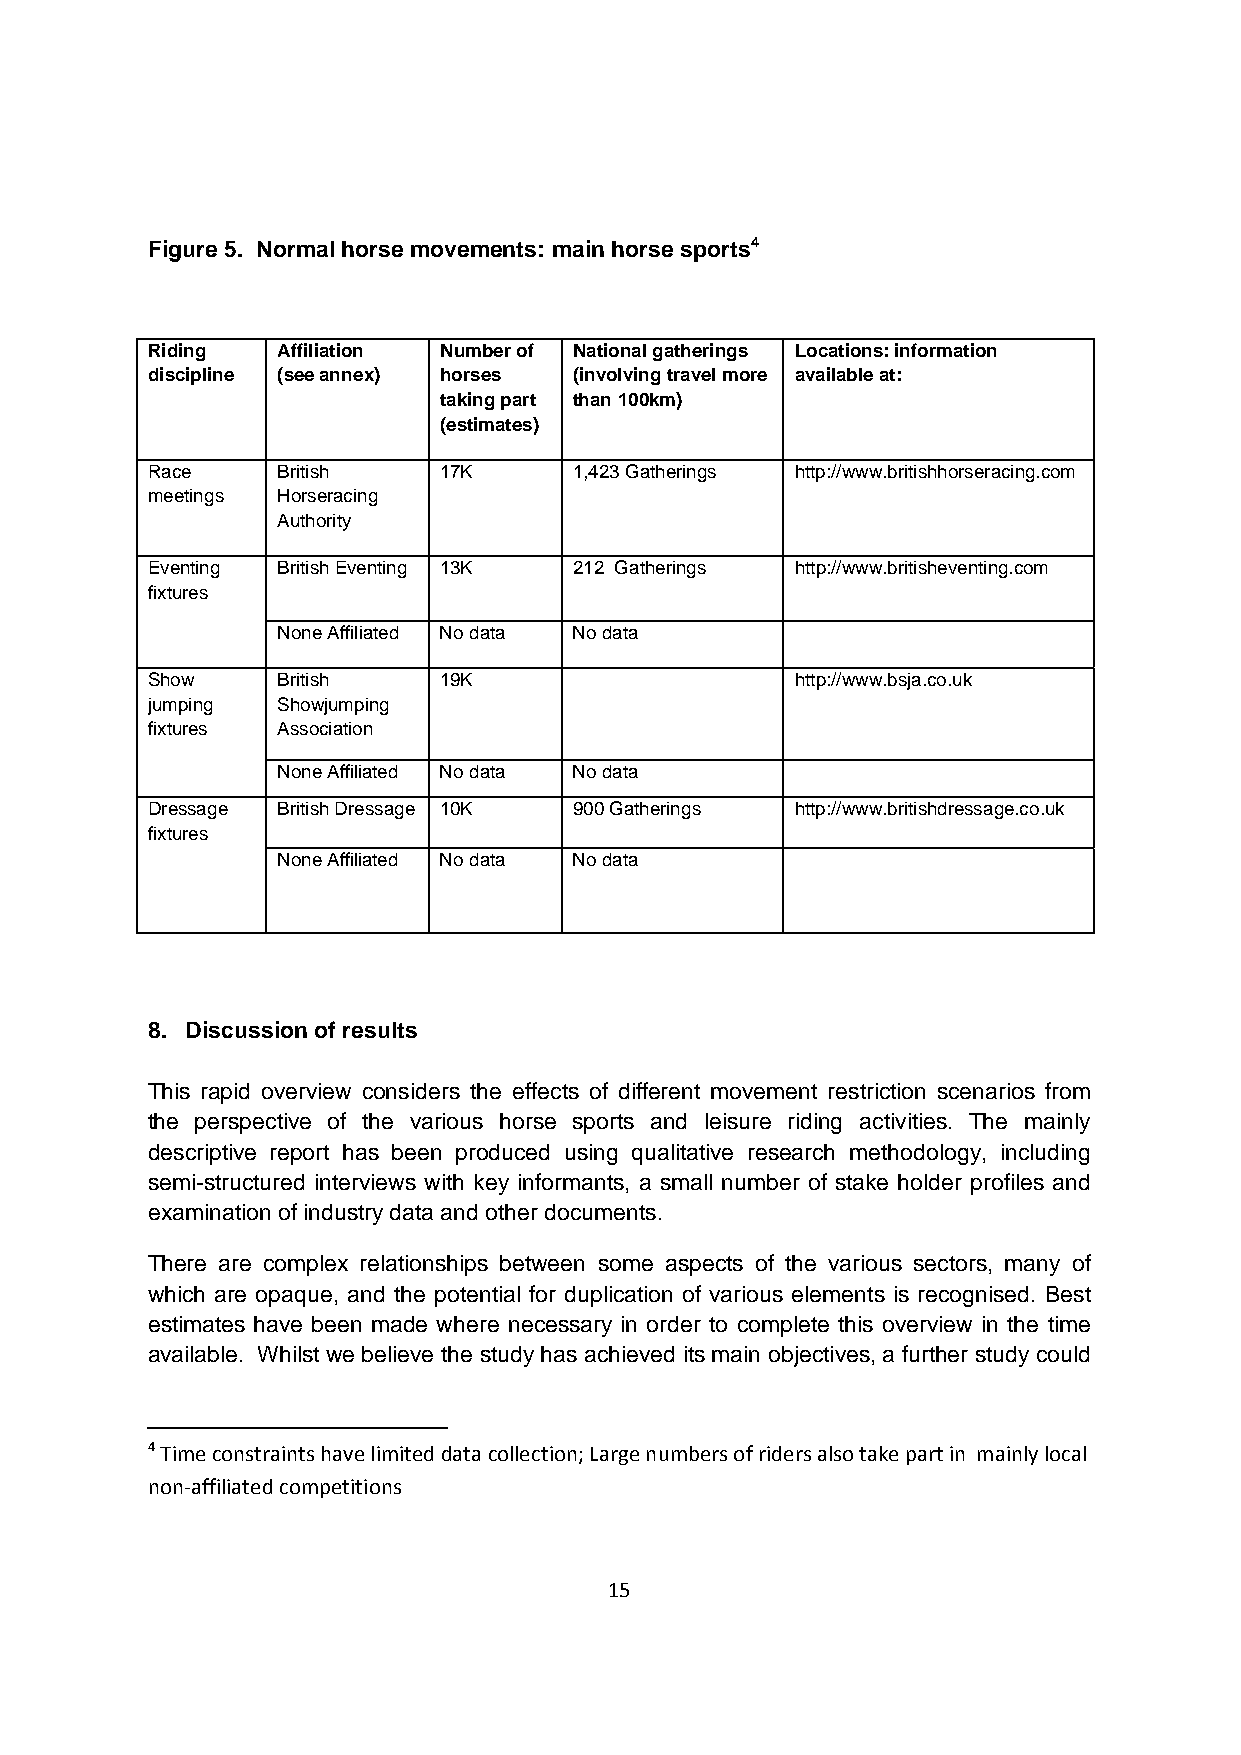
Figure 5. Normal horse movements: main horse sports4
 Riding  Affiliation Number of National gatherings Locations: information
 discipline (see annex) horses (involving travel more available at:
 taking part than 100km)
 (estimates)
 Race    British    17K      1,423 Gatherings http://www.britishhorseracing.com
 meetings Horseracing
 Authority
 Eventing British Eventing 13K 212 Gatherings http://www.britisheventing.com
 fixtures
 None Affiliated No data No data
 Show    British    19K                     http://www.bsja.co.uk
 jumping Showjumping
 fixtures Association
 None Affiliated No data No data
 Dressage British Dressage 10K 900 Gatherings http://www.britishdressage.co.uk
 fixtures
 None Affiliated No data No data
 8. Discussion of results
 This rapid overview considers the effects of different movement restriction scenarios from
 the perspective of the various horse sports and leisure riding activities. The mainly
 descriptive report has been produced using qualitative research methodology, including
 semi-structured interviews with key informants, a small number of stake holder profiles and
 examination of industry data and other documents.
 There are complex relationships between some aspects of the various sectors, many of
 which are opaque, and the potential for duplication of various elements is recognised. Best
 estimates have been made where necessary in order to complete this overview in the time
 available. Whilst we believe the study has achieved its main objectives, a further study could
 4 Time constraints have limited data collection; Large numbers of riders also take part in mainly local
 non‐affiliated competitions
 15